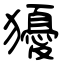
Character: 獶